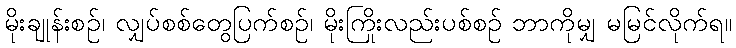
မိုးချုန်းစဉ်၊ လျှပ်စစ်တွေပြက်စဉ်၊ မိုးကြိုးလည်းပစ်စဉ် ဘာကိုမျှ မမြင်လိုက်ရ။